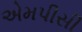
એમપીસી